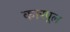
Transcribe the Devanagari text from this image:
कारपूल